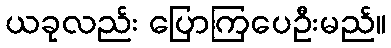
ယခုလည်း ပြောကြပေဦးမည်။